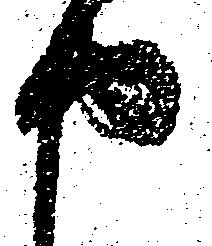
申